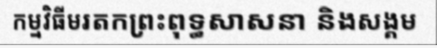
កម្មវិធីមរតកព្រះពុទ្ធសាសនា និងសង្គម